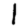
Digit: 1